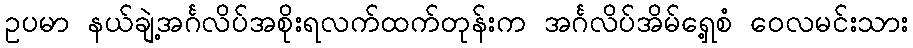
ဥပမာ နယ်ချဲ့အင်္ဂလိပ်အစိုးရလက်ထက်တုန်းက အင်္ဂလိပ်အိမ်ရှေ့စံ ဝေလမင်းသား